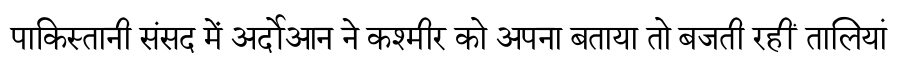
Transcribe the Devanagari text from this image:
पाकिस्तानी संसद में अर्दोआन ने कश्मीर को अपना बताया तो बजती रहीं तालियां